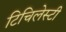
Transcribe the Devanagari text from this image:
टिचिलेस्टी